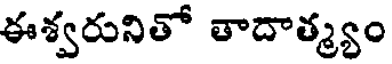
ఈశ్వరునితో తాదాత్మ్యం